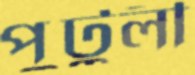
পুটুলী